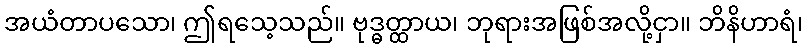
အယံတာပသော၊ ဤရသေ့သည်။ ဗုဒ္ဓတ္ထာယ၊ ဘုရားအဖြစ်အလို့ငှာ။ ဘိနိဟာရံ၊